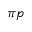
\pi p